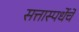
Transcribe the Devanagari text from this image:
सत्तास्पर्धेचे